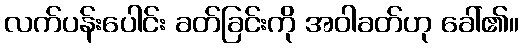
လက်ပန်းပေါင်း ခတ်ခြင်းကို အဝါခတ်ဟု ခေါ်၏။